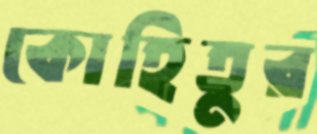
কোহিতুর